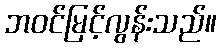
ဘဝင်မြင့်လွန်းသည်။